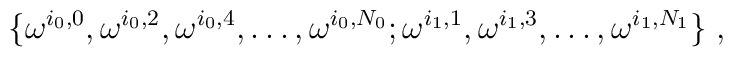
\{ \omega^{i_{0}, 0}, \omega^{i_{0}, 2}, \omega^{i_{0}, 4},\ldots, \omega^{i_{0}, N_{0}}; \omega^{i_{1}, 1}, \omega^{i_{1},3}, \ldots, \omega^{i_{1}, N_{1}} \} \; ,